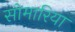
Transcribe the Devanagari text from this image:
सोमारिया